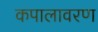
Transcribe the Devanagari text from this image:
कपालावरण